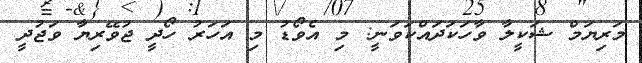
މަރިޔަމް ޝަކީލާ ވާހަކަދައްކަވަނީ: މި އެވޯޑު މި އަހަރު ހޯދީ ޖުވޭރިޔާ ވަޖުދީ